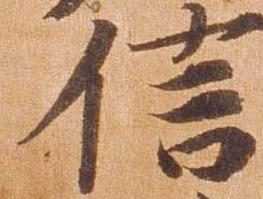
信